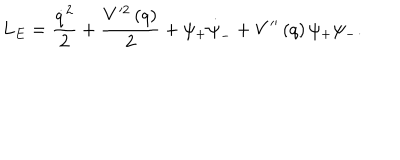
L _ { E } = \frac { \dot { q } ^ { 2 } } 2 + \frac { V ^ { \prime 2 } \left( q \right) } 2 + \psi _ { + } \dot { \psi } _ { - } + V ^ { \prime \prime } \left( q \right) \psi _ { + } \psi _ { - } .